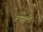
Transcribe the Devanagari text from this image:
त्याले